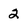
Character: 2